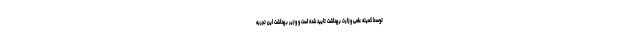
توسط کمیته علمی وزارت بهداشت تایید شده است و وزیر بهداشت این تجربه